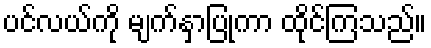
ပင်လယ်ကို မျက်နှာပြုကာ ထိုင်ကြသည်။